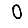
Digit: 0